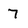
Character: 7